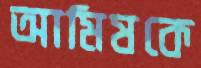
আমিষকে